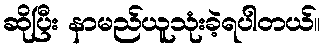
ဆိုပြီး နာမည်ယူသုံးခဲ့ရပါတယ်။